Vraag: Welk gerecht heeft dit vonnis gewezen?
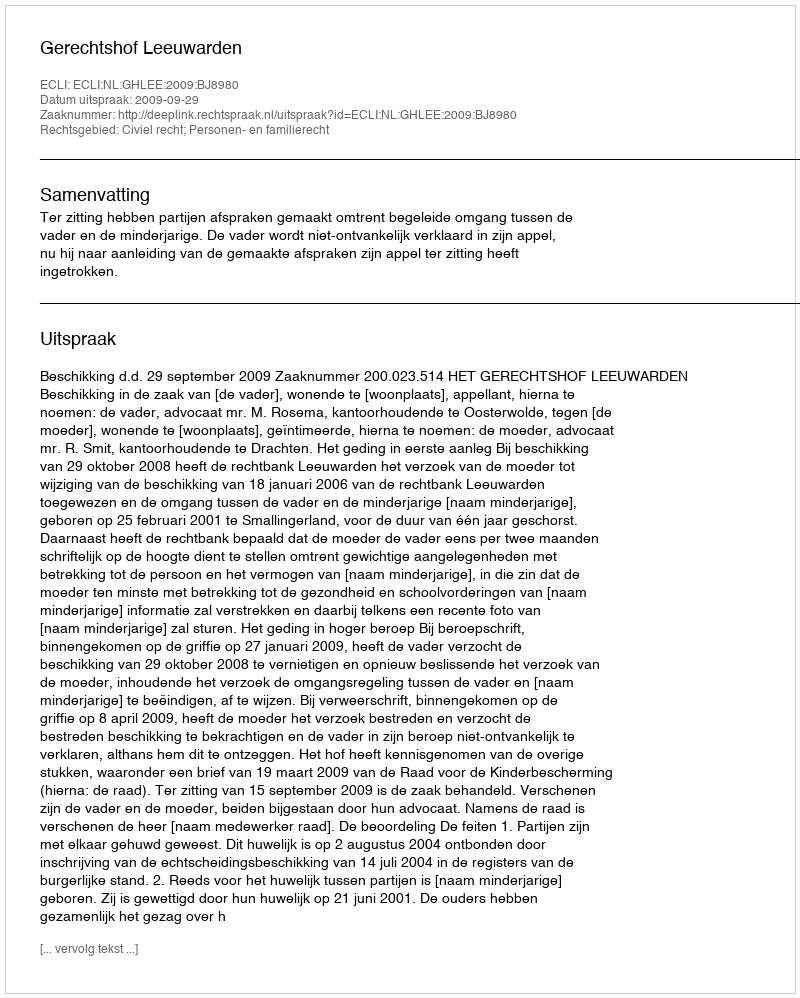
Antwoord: Gerechtshof Leeuwarden